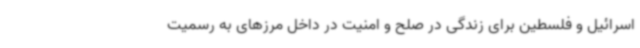
اسرائیل و فلسطین برای زندگی در صلح و امنیت در داخل مرزهای به رسمیت